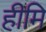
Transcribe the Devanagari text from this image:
हीमि